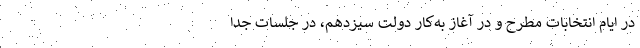
در ایام انتخابات مطرح و در آغاز به‌کار دولت‌ سیزدهم، در جلسات جدا